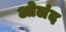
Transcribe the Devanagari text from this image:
ओलंद